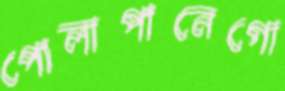
পোলাপানেগো